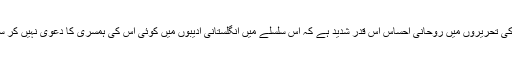
اُس کی تحریروں میں روحانی احساس اس قدر شدید ہے کہ اس سلسلے میں انگلستانی ادیبوں میں کوئی اُس کی ہمسری کا دعویٰ نہیں کر سکتا۔